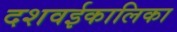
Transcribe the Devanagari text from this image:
दशवईकालिका